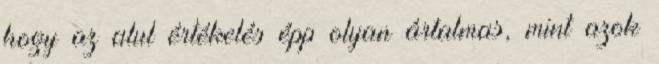
hogy az alul értékelés épp olyan ártalmas, mint azok